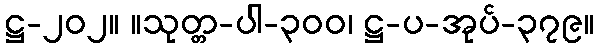
ဋ္ဌ-၂၀၂။ ။သုတ္တ-ပါ-၃၀၀၊ ဋ္ဌ-ပ-အုပ်-၃၇၉။